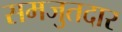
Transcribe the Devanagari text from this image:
समजुतदार